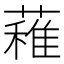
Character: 䕌